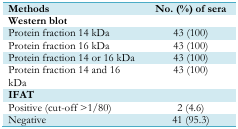
<table><thead><tr><td><b>Methods</b></td><td><b>No. (%) of sera</b></td></tr></thead><tbody><tr><td><b>Western blot</b></td><td></td></tr><tr><td>Protein fraction 14 kDa</td><td>43 (100)</td></tr><tr><td>Protein fraction 16 kDa</td><td>43 (100)</td></tr><tr><td>Protein fraction 14 or 16 kDa</td><td>43 (100)</td></tr><tr><td>Protein fraction 14 and 16 kDa</td><td>43 (100)</td></tr><tr><td><b>IFAT</b></td><td></td></tr><tr><td>Positive (cut-off &gt;1/80)</td><td>2 (4.6)</td></tr><tr><td>Negative</td><td>41 (95.3)</td></tr></tbody></table>